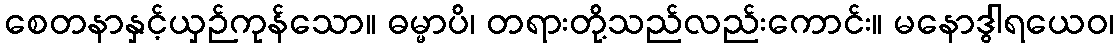
စေတနာနှင့်ယှဉ်ကုန်သော။ ဓမ္မာပိ၊ တရားတို့သည်လည်းကောင်း။ မနောဒွါရယေဝ၊